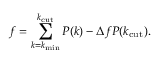
f = \sum _ { k = k _ { \mathrm { m i n } } } ^ { k _ { \mathrm { c u t } } } P ( k ) - \Delta f P ( k _ { \mathrm { c u t } } ) .